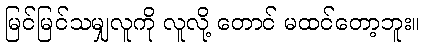
မြင်မြင်သမျှလူကို လူလို့ တောင် မထင်တော့ဘူး။